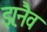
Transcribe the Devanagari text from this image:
झ़नैव